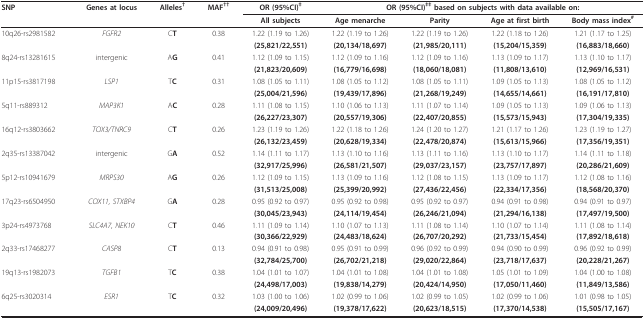
<table><thead><tr><td><b>SNP</b></td><td><b>Genes at locus</b></td><td><b>Alleles<sup>†</sup></b></td><td><b>MAF<sup>††</sup></b></td><td><b>OR (95%CI)<sup>‡</sup></b></td><td colspan="4"><b>OR (95%CI)<sup>‡‡ </sup>based on subjects with data available on:</b></td></tr><tr><td></td><td></td><td></td><td></td><td><b>All subjects</b></td><td><b>Age menarche</b></td><td><b>Parity</b></td><td><b>Age at first birth</b></td><td><b>Body mass index<sup>#</sup></b></td></tr></thead><tbody><tr><td>10q26-rs2981582</td><td><i>FGFR2</i></td><td>C<b>T</b></td><td>0.38</td><td>1.22 (1.19 to 1.26)</td><td>1.22 (1.19 to 1.26)</td><td>1.22 (1.19 to 1.26)</td><td>1.22 (1.18 to 1.26)</td><td>1.21 (1.17 to 1.25)</td></tr><tr><td></td><td></td><td></td><td></td><td><b>(25,821/22,551)</b></td><td><b>(20,134/18,697)</b></td><td><b>(21,985/20,111)</b></td><td><b>(15,204/15,359)</b></td><td><b>(16,883/18,660)</b></td></tr><tr><td>8q24-rs13281615</td><td>intergenic</td><td>A<b>G</b></td><td>0.41</td><td>1.12 (1.09 to 1.15)</td><td>1.12 (1.09 to 1.16)</td><td>1.12 (1.09 to 1.16)</td><td>1.13 (1.09 to 1.17)</td><td>1.13 (1.10 to 1.17)</td></tr><tr><td></td><td></td><td></td><td></td><td><b>(21,823/20,609)</b></td><td><b>(16,779/16,698)</b></td><td><b>(18,060/18,081)</b></td><td><b>(11,808/13,610)</b></td><td><b>(12,969/16,531)</b></td></tr><tr><td>11p15-rs3817198</td><td><i>LSP1</i></td><td>T<b>C</b></td><td>0.31</td><td>1.08 (1.05 to 1.11)</td><td>1.08 (1.05 to 1.12)</td><td>1.08 (1.05 to 1.11)</td><td>1.09 (1.05 to 1.13)</td><td>1.08 (1.05 to 1.12)</td></tr><tr><td></td><td></td><td></td><td></td><td><b>(25,004/21,596)</b></td><td><b>(19,439/17,896)</b></td><td><b>(21,268/19,249)</b></td><td><b>(14,655/14,661)</b></td><td><b>(16,191/17,810)</b></td></tr><tr><td>5q11-rs889312</td><td><i>MAP3K1</i></td><td>A<b>C</b></td><td>0.28</td><td>1.11 (1.08 to 1.15)</td><td>1.10 (1.06 to 1.13)</td><td>1.11 (1.07 to 1.14)</td><td>1.09 (1.05 to 1.13)</td><td>1.09 (1.06 to 1.13)</td></tr><tr><td></td><td></td><td></td><td></td><td><b>(26,227/23,307)</b></td><td><b>(20,557/19,306)</b></td><td><b>(22,407/20,855)</b></td><td><b>(15,573/15,943)</b></td><td><b>(17,304/19,335)</b></td></tr><tr><td>16q12-rs3803662</td><td><i>TOX3/TNRC9</i></td><td>C<b>T</b></td><td>0.26</td><td>1.23 (1.19 to 1.26)</td><td>1.22 (1.18 to 1.26)</td><td>1.24 (1.20 to 1.27)</td><td>1.21 (1.17 to 1.26)</td><td>1.23 (1.19 to 1.27)</td></tr><tr><td></td><td></td><td></td><td></td><td><b>(26,132/23,459)</b></td><td><b>(20,628/19,334)</b></td><td><b>(22,478/20,874)</b></td><td><b>(15,613/15,966)</b></td><td><b>(17,356/19,351)</b></td></tr><tr><td>2q35-rs13387042</td><td>intergenic</td><td>G<b>A</b></td><td>0.52</td><td>1.14 (1.11 to 1.17)</td><td>1.13 (1.10 to 1.16)</td><td>1.13 (1.11 to 1.16)</td><td>1.13 (1.10 to 1.17)</td><td>1.14 (1.11 to 1.18)</td></tr><tr><td></td><td></td><td></td><td></td><td><b>(32,917/25,996)</b></td><td><b>(26,581/21,507)</b></td><td><b>(29,037/23,157)</b></td><td><b>(23,757/17,897)</b></td><td><b>(20,286/21,609)</b></td></tr><tr><td>5p12-rs10941679</td><td><i>MRPS30</i></td><td>A<b>G</b></td><td>0.26</td><td>1.12 (1.09 to 1.15)</td><td>1.13 (1.09 to 1.16)</td><td>1.12 (1.08 to 1.15)</td><td>1.13 (1.09 to 1.17)</td><td>1.12 (1.08 to 1.16)</td></tr><tr><td></td><td></td><td></td><td></td><td><b>(31,513/25,008)</b></td><td><b>(25,399/20,992)</b></td><td><b>(27,436/22,456)</b></td><td><b>(22,334/17,356)</b></td><td><b>(18,568/20,370)</b></td></tr><tr><td>17q23-rs6504950</td><td><i>COX11, STXBP4</i></td><td>G<b>A</b></td><td>0.28</td><td>0.95 (0.92 to 0.97)</td><td>0.95 (0.92 to 0.98)</td><td>0.95 (0.92 to 0.97)</td><td>0.94 (0.91 to 0.98)</td><td>0.94 (0.91 to 0.97)</td></tr><tr><td></td><td></td><td></td><td></td><td><b>(30,045/23,943)</b></td><td><b>(24,114/19,454)</b></td><td><b>(26,246/21,094)</b></td><td><b>(21,294/16,138)</b></td><td><b>(17,497/19,500)</b></td></tr><tr><td>3p24-rs4973768</td><td><i>SLC4A7, NEK10</i></td><td>C<b>T</b></td><td>0.46</td><td>1.11 (1.09 to 1.14)</td><td>1.10 (1.07 to 1.13)</td><td>1.11 (1.08 to 1.14)</td><td>1.10 (1.07 to 1.14)</td><td>1.11 (1.08 to 1.14)</td></tr><tr><td></td><td></td><td></td><td></td><td><b>(30,366/22,929)</b></td><td><b>(24,483/18,624)</b></td><td><b>(26,707/20,292)</b></td><td><b>(21,733/15,454)</b></td><td><b>(17,892/18,618)</b></td></tr><tr><td>2q33-rs17468277</td><td><i>CASP8</i></td><td>C<b>T</b></td><td>0.13</td><td>0.94 (0.91 to 0.98)</td><td>0.95 (0.91 to 0.99)</td><td>0.96 (0.92 to 0.99)</td><td>0.94 (0.90 to 0.99)</td><td>0.96 (0.92 to 0.99)</td></tr><tr><td></td><td></td><td></td><td></td><td><b>(32,784/25,700)</b></td><td><b>(26,702/21,218)</b></td><td><b>(29,020/22,864)</b></td><td><b>(23,718/17,637)</b></td><td><b>(20,228/21,267)</b></td></tr><tr><td>19q13-rs1982073</td><td><i>TGFB1</i></td><td>T<b>C</b></td><td>0.38</td><td>1.04 (1.01 to 1.07)</td><td>1.04 (1.01 to 1.08)</td><td>1.04 (1.01 to 1.08)</td><td>1.05 (1.01 to 1.09)</td><td>1.04 (1.00 to 1.08)</td></tr><tr><td></td><td></td><td></td><td></td><td><b>(24,498/17,003)</b></td><td><b>(19,838/14,279)</b></td><td><b>(20,424/14,950)</b></td><td><b>(17,050/11,460)</b></td><td><b>(11,849/13,586)</b></td></tr><tr><td>6q25-rs3020314</td><td><i>ESR1</i></td><td>T<b>C</b></td><td>0.32</td><td>1.03 (1.00 to 1.06)</td><td>1.02 (0.99 to 1.06)</td><td>1.02 (0.99 to 1.05)</td><td>1.02 (0.99 to 1.06)</td><td>1.01 (0.98 to 1.05)</td></tr><tr><td></td><td></td><td></td><td></td><td><b>(24,009/20,496)</b></td><td><b>(19,378/17,622)</b></td><td><b>(20,623/18,515)</b></td><td><b>(17,370/14,538)</b></td><td><b>(15,505/17,167)</b></td></tr></tbody></table>